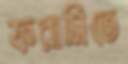
ফরাসিতে